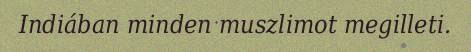
Indiában minden muszlimot megilleti.